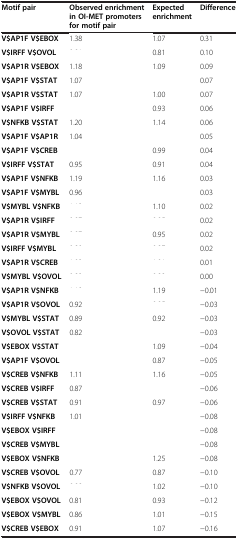
<table><thead><tr><td><b>Motif pair</b></td><td><b>Observed enrichment in OI-MET promoters for motif pair</b></td><td><b>Expected enrichment</b></td><td><b>Difference</b></td></tr></thead><tbody><tr><td><b>V$</b><b>AP1F V$</b><b>EBOX</b></td><td>1.38</td><td>1.07</td><td>0.31</td></tr><tr><td><b>V$</b><b>IRFF V$</b><b>OVOL</b></td><td>[EMPTY_CELL]</td><td>0.81</td><td>0.10</td></tr><tr><td><b>V$</b><b>AP1R V$</b><b>EBOX</b></td><td>1.18</td><td>1.09</td><td>0.09</td></tr><tr><td><b>V$</b><b>AP1F V$</b><b>STAT</b></td><td>1.07</td><td>[EMPTY_CELL]</td><td>0.07</td></tr><tr><td><b>V$</b><b>AP1R V$</b><b>STAT</b></td><td>1.07</td><td>1.00</td><td>0.07</td></tr><tr><td><b>V$</b><b>AP1F V$</b><b>IRFF</b></td><td>[EMPTY_CELL]</td><td>0.93</td><td>0.06</td></tr><tr><td><b>V$</b><b>NFKB V$</b><b>STAT</b></td><td>1.20</td><td>1.14</td><td>0.06</td></tr><tr><td><b>V$</b><b>AP1F V$</b><b>AP1R</b></td><td>1.04</td><td>[EMPTY_CELL]</td><td>0.05</td></tr><tr><td><b>V$</b><b>AP1F V$</b><b>CREB</b></td><td>[EMPTY_CELL]</td><td>0.99</td><td>0.04</td></tr><tr><td><b>V$</b><b>IRFF V$</b><b>STAT</b></td><td>0.95</td><td>0.91</td><td>0.04</td></tr><tr><td><b>V$</b><b>AP1F V$</b><b>NFKB</b></td><td>1.19</td><td>1.16</td><td>0.03</td></tr><tr><td><b>V$</b><b>AP1F V$</b><b>MYBL</b></td><td>0.96</td><td>[EMPTY_CELL]</td><td>0.03</td></tr><tr><td><b>V$</b><b>MYBL V$</b><b>NFKB</b></td><td>[EMPTY_CELL]</td><td>1.10</td><td>0.02</td></tr><tr><td><b>V$</b><b>AP1R V$</b><b>IRFF</b></td><td>[EMPTY_CELL]</td><td>[EMPTY_CELL]</td><td>0.02</td></tr><tr><td><b>V$</b><b>AP1R V$</b><b>MYBL</b></td><td>[EMPTY_CELL]</td><td>0.95</td><td>0.02</td></tr><tr><td><b>V$</b><b>IRFF V$</b><b>MYBL</b></td><td>[EMPTY_CELL]</td><td>[EMPTY_CELL]</td><td>0.02</td></tr><tr><td><b>V$</b><b>AP1R V$</b><b>CREB</b></td><td>[EMPTY_CELL]</td><td>[EMPTY_CELL]</td><td>0.01</td></tr><tr><td><b>V$</b><b>MYBL V$</b><b>OVOL</b></td><td>[EMPTY_CELL]</td><td>[EMPTY_CELL]</td><td>0.00</td></tr><tr><td><b>V$</b><b>AP1R V$</b><b>NFKB</b></td><td>[EMPTY_CELL]</td><td>1.19</td><td>−0.01</td></tr><tr><td><b>V$</b><b>AP1R V$</b><b>OVOL</b></td><td>0.92</td><td>[EMPTY_CELL]</td><td>−0.03</td></tr><tr><td><b>V$</b><b>MYBL V$</b><b>STAT</b></td><td>0.89</td><td>0.92</td><td>−0.03</td></tr><tr><td><b>V$</b><b>OVOL V$</b><b>STAT</b></td><td>0.82</td><td>[EMPTY_CELL]</td><td>−0.03</td></tr><tr><td><b>V$</b><b>EBOX V$</b><b>STAT</b></td><td>[EMPTY_CELL]</td><td>1.09</td><td>−0.04</td></tr><tr><td><b>V$</b><b>AP1F V$</b><b>OVOL</b></td><td>[EMPTY_CELL]</td><td>0.87</td><td>−0.05</td></tr><tr><td><b>V$</b><b>CREB V$</b><b>NFKB</b></td><td>1.11</td><td>1.16</td><td>−0.05</td></tr><tr><td><b>V$</b><b>CREB V$</b><b>IRFF</b></td><td>0.87</td><td>[EMPTY_CELL]</td><td>−0.06</td></tr><tr><td><b>V$</b><b>CREB V$</b><b>STAT</b></td><td>0.91</td><td>0.97</td><td>−0.06</td></tr><tr><td><b>V$</b><b>IRFF V$</b><b>NFKB</b></td><td>1.01</td><td>[EMPTY_CELL]</td><td>−0.08</td></tr><tr><td><b>V$</b><b>EBOX V$</b><b>IRFF</b></td><td>[EMPTY_CELL]</td><td>[EMPTY_CELL]</td><td>−0.08</td></tr><tr><td><b>V$</b><b>CREB V$</b><b>MYBL</b></td><td>[EMPTY_CELL]</td><td>[EMPTY_CELL]</td><td>−0.08</td></tr><tr><td><b>V$</b><b>EBOX V$</b><b>NFKB</b></td><td>[EMPTY_CELL]</td><td>1.25</td><td>−0.08</td></tr><tr><td><b>V$</b><b>CREB V$</b><b>OVOL</b></td><td>0.77</td><td>0.87</td><td>−0.10</td></tr><tr><td><b>V$</b><b>NFKB V$</b><b>OVOL</b></td><td>[EMPTY_CELL]</td><td>1.02</td><td>−0.10</td></tr><tr><td><b>V$</b><b>EBOX V$</b><b>OVOL</b></td><td>0.81</td><td>0.93</td><td>−0.12</td></tr><tr><td><b>V$</b><b>EBOX V$</b><b>MYBL</b></td><td>0.86</td><td>1.01</td><td>−0.15</td></tr><tr><td><b>V$</b><b>CREB V$</b><b>EBOX</b></td><td>0.91</td><td>1.07</td><td>−0.16</td></tr></tbody></table>